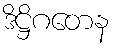
ဒိဋ္ဌိဂတေန